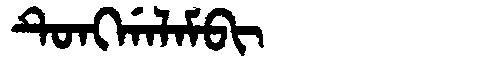
Manchu: ᡨᡠᠩᡤᠠᠯᠠᠮᠪᡳ
Romanization: TUNGGALAMBI